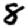
Digit: 8